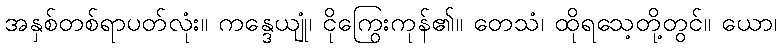
အနှစ်တစ်ရာပတ်လုံး။ ကန္ဒေယျုံ၊ ငိုကြွေးကုန်၏။ တေသံ၊ ထိုရသေ့တို့တွင်။ ယော၊